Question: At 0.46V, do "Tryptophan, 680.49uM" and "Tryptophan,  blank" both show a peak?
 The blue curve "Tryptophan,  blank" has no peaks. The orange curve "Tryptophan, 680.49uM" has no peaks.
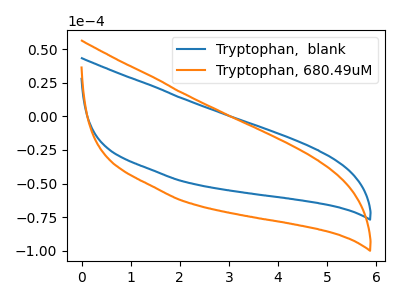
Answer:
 <answer>No, "Tryptophan, 680.49uM" and "Tryptophan,  blank" dont share a peak at 0.46V.</answer>
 <eval>mismatch</eval>